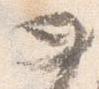
如